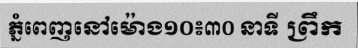
ភ្នំពេញនៅម៉ោង១០៖៣០ នាទី ព្រឹក